Indian journal of veterinary science and animal husbandry - Volume 4,
Year: 1934
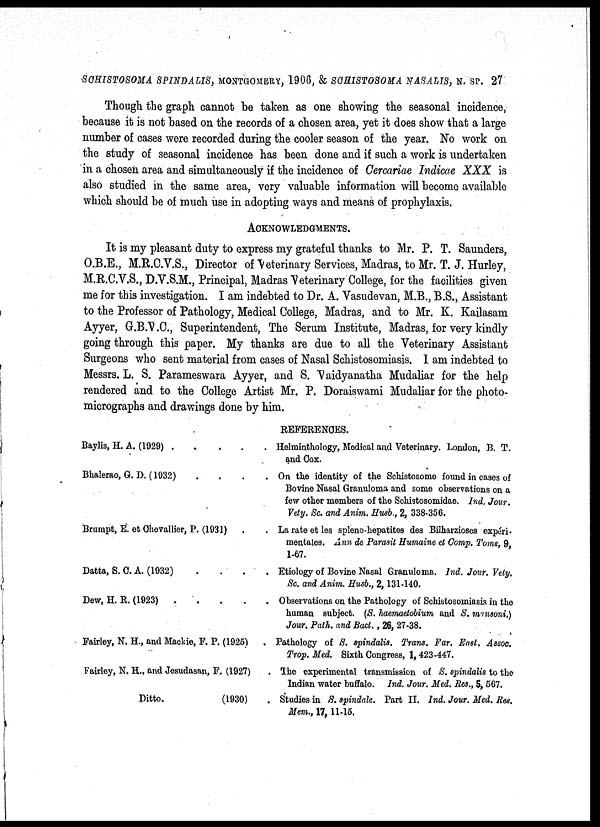
SCHISTOSOMA SPINDALIS, MONTGOMERY, 1906, & SCHISTOSOMA NASALIS, N. SP. 27
Though the graph cannot be taken as one showing the seasonal incidence,
because it is not based on the records of a chosen area, yet it does show that a large
number of cases were recorded during the cooler season of the year. No work on
the study of seasonal incidence has been done and if such a work is undertaken
in a chosen area and simultaneously if the incidence of Cercariae Indicae XXX is
also studied in the same area, very valuable information will become available
which should be of much use in adopting ways and means of prophylaxis.
ACKNOWLEDGMENTS.
It is my pleasant duty to express my grateful thanks to Mr. P. T. Saunders,
O.B.E., M.R.C.V.S., Director of Veterinary Services, Madras, to Mr. T. J. Hurley,
M.R.C.V.S., D.V.S.M., Principal, Madras Veterinary College, for the facilities given
me for this investigation. I am indebted to Dr. A. Vasudevan, M.B., B.S., Assistant
to the Professor of Pathology, Medical College, Madras, and to Mr. K. Kailasam
Ayyer, G.B.V.C., Superintendent, The Serum Institute, Madras, for very kindly
going through this paper. My thanks are due to all the Veterinary Assistant
Surgeons who sent material from cases of Nasal Schistosomiasis. I am indebted to
Messrs. L. S. Parameswara Ayyer, and S. Vaidyanatha Mudaliar for the help
rendered and to the College Artist Mr. P. Doraiswami Mudaliar for the photo-
micrographs and drawings done by him.
REFERENCES.
Baylis, H. A. (1929)
.
.
.
.
.
Bhalerao, G. D. (1932)
.
.
.
.
Brumpt, E. et Chevallier, P. (1931) . .
Datta, S. C. A. (1932)
.
.
.
.
Dew, H. R. (1923) .
.
.
.
.
Fairley, N. H., and Mackie, F. P. (1925) .
Fairley, N. H., and Jesudasan, P. (1927) .
Ditto.
(1930) .
Helminthology, Medical and Veterinary. London, B. T.
and Cox.
On the identity of the Schistosome found in cases of
Bovine Nasal Granuloma and some observations on a
few other members of the Schistosomidae. Ind. Jour.
Vety. Sc. and Anim. Husb., 2, 338-356.
La rate et les spleno-hepatites des Bilharzioses expéri-
mentales. Ann de Parasit Humaine et Comp. Tome, 9,
1-67.
Etiology of Bovine Nasal Granuloma. Ind. Jour. Vety.
Sc. and Anim. Husb., 2, 131-140.
Observations on the Pathology of Schistosomiasis in the
human subject. (S. haemaetobium and S. mansoni.)
Jour. Path. and Bact. , 26, 27-38.
Pathology of S. spindalis. Trans. Far. East. Assoc.
Trop. Med. Sixth Congress, 1, 423-447.
The experimental transmission of S. spindalis to the
Indian water buffalo. Ind. Jour. Med. Res., 5, 567.
Studies in S. spindale. Part II. Ind. Jour. Med. Res.
Mem., 17, 11-15.